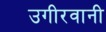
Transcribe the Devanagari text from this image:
उगीरवानी